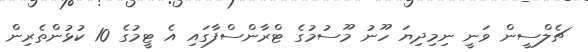
ޗެލްސީން ވަނީ ނިމިދިޔަ ހޫނު މޫސުމުގެ ޓްރާންސްފާގައި އެ ޓީމުގެ 10 ކުޅުންތެރިން